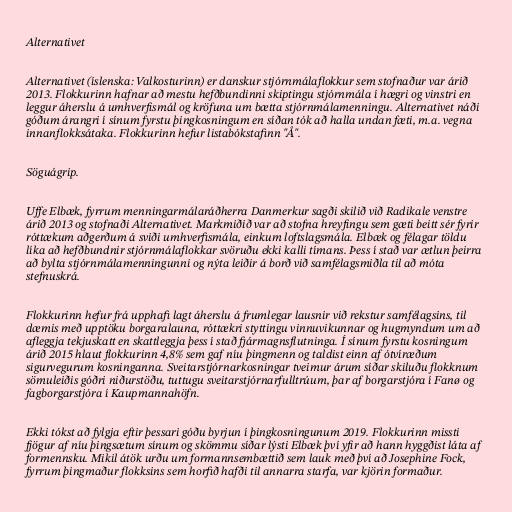
Alternativet

Alternativet (íslenska: Valkosturinn) er danskur stjórnmálaflokkur sem stofnaður var árið
2013. Flokkurinn hafnar að mestu hefðbundinni skiptingu stjórnmála í hægri og vinstri en
leggur áherslu á umhverfismál og kröfuna um bætta stjórnmálamenningu. Alternativet náði
góðum árangri í sínum fyrstu þingkosningum en síðan tók að halla undan fæti, m.a. vegna
innanflokksátaka. Flokkurinn hefur listabókstafinn "Å".

Söguágrip.

Uffe Elbæk, fyrrum menningarmálaráðherra Danmerkur sagði skilið við Radikale venstre
árið 2013 og stofnaði Alternativet. Markmiðið var að stofna hreyfingu sem gæti beitt sér fyrir
róttækum aðgerðum á sviði umhverfismála, einkum loftslagsmála. Elbæk og félagar töldu
líka að hefðbundnir stjórnmálaflokkar svöruðu ekki kalli tímans. Þess í stað var ætlun þeirra
að bylta stjórnmálamenningunni og nýta leiðir á borð við samfélagsmiðla til að móta
stefnuskrá.

Flokkurinn hefur frá upphafi lagt áherslu á frumlegar lausnir við rekstur samfélagsins, til
dæmis með upptöku borgaralauna, róttækri styttingu vinnuvikunnar og hugmyndum um að
afleggja tekjuskatt en skattleggja þess í stað fjármagnsflutninga. Í sínum fyrstu kosningum
árið 2015 hlaut flokkurinn 4,8% sem gaf níu þingmenn og taldist einn af ótvíræðum
sigurvegurum kosninganna. Sveitarstjórnarkosningar tveimur árum síðar skiluðu flokknum
sömuleiðis góðri niðurstöðu, tuttugu sveitarstjórnarfulltrúum, þar af borgarstjóra í Fanø og
fagborgarstjóra í Kaupmannahöfn.

Ekki tókst að fylgja eftir þessari góðu byrjun í þingkosningunum 2019. Flokkurinn missti
fjögur af níu þingsætum sínum og skömmu síðar lýsti Elbæk því yfir að hann hyggðist láta af
formennsku. Mikil átök urðu um formannsembættið sem lauk með því að Josephine Fock,
fyrrum þingmaður flokksins sem horfið hafði til annarra starfa, var kjörin formaður.